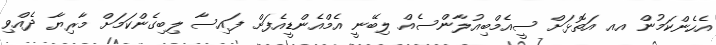
އެހެންކަމުން އއ އަތޮޅަށް ސީއެމްބިއުލާންސެއް ލިބޭނީ އެމްއެންޑީއެފަށް ފައިސާ ލިބިގެންކަމަށް މާރިޔާ ދެއްވި